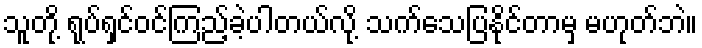
သူတို့ ရုပ်ရှင်ဝင်ကြည့်ခဲ့ပါတယ်လို့ သက်သေပြနိုင်တာမှ မဟုတ်ဘဲ။